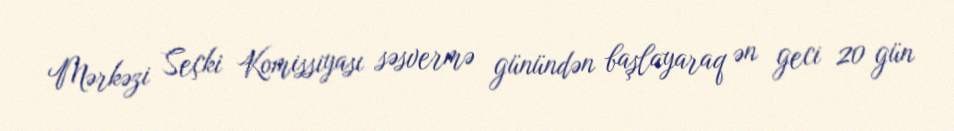
Mərkəzi Seçki Komissiyası səsvermə günündən başlayaraq ən geci 20 gün